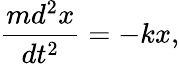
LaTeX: \frac{md^{2}x}{dt^{2}}=-kx,